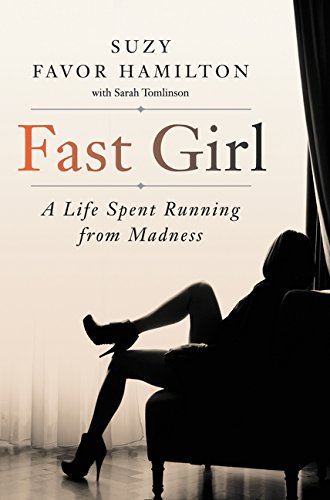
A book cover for Fast Girl: A Life Spent Running from Madness; Suzy Favor Hamilton; Health, Fitness & Dieting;